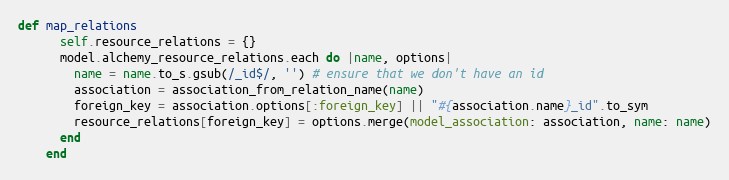
Language: Ruby
def map_relations
      self.resource_relations = {}
      model.alchemy_resource_relations.each do |name, options|
        name = name.to_s.gsub(/_id$/, '') # ensure that we don't have an id
        association = association_from_relation_name(name)
        foreign_key = association.options[:foreign_key] || "#{association.name}_id".to_sym
        resource_relations[foreign_key] = options.merge(model_association: association, name: name)
      end
    end